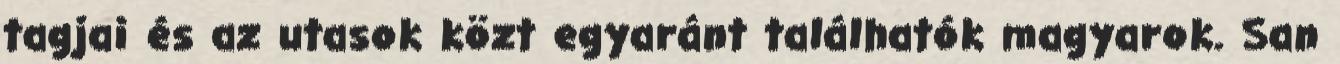
tagjai és az utasok közt egyaránt találhatók magyarok. San